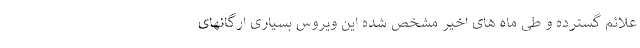
علائم گسترده و طی ماه های اخیر مشخص شده این ویروس بسیاری ارگانهای